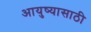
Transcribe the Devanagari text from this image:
आयुष्यासाठी